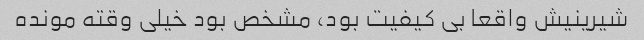
شیرینیش واقعا بی کیفیت بود، مشخص بود خیلی وقته مونده